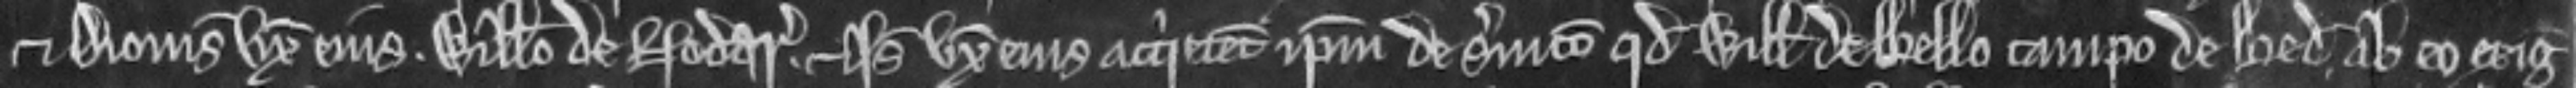
et Dionisia uxore ejus. Willelmo de Nodar. et Isabella uxore ejus acquietent ipsum de servicio quod Willelmus de Bello Campo de Bed. ab eo exigit